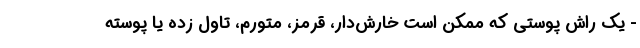
- یک راش پوستی که ممکن است خارش‌دار، قرمز، متورم، تاول زده یا پوسته